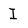
Character: I